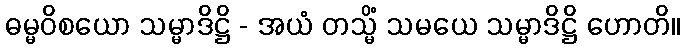
ဓမ္မဝိစယော သမ္မာဒိဋ္ဌိ - အယံ တသ္မိံ သမယေ သမ္မာဒိဋ္ဌိ ဟောတိ။